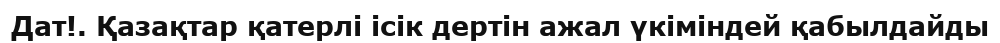
Дат!. Қазақтар қатерлі ісік дертін ажал үкіміндей қабылдайды